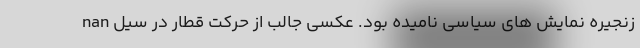
زنجیره نمایش های سیاسی نامیده بود. عکسی جالب از حرکت قطار در سیل nan